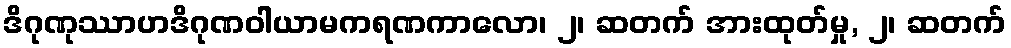
ဒိဂုဏုဿာဟဒိဂုဏဝါယာမကရဏကာလော၊ ၂၊ ဆတက် အားထုတ်မှု, ၂၊ ဆတက်